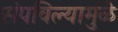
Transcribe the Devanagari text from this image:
संपविल्यामुळे